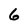
Character: 6